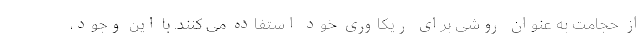
از حجامت به عنوان روشی برای ریکاوری خود استفاده می کنند. با این وجود،